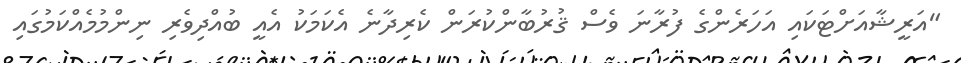
"އަރީޝާއަށްޓަކައި އަހަރެންގެ ފުރާނަ ވެސް ޤުރުބާންކުރަން ކެރިދާނެ އެކަމަކު އެއީ ބުއްދިވެރި ނިންމުމެއްކަމުގައި